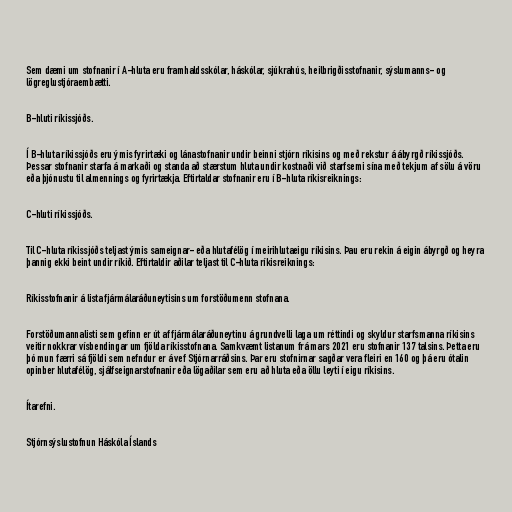
Sem dæmi um stofnanir í A-hluta eru framhaldsskólar, háskólar, sjúkrahús, heilbrigðisstofnanir, sýslumanns- og
lögreglustjóraembætti.

B-hluti ríkissjóðs.

Í B-hluta ríkissjóðs eru ýmis fyrirtæki og lánastofnanir undir beinni stjórn ríkisins og með rekstur á ábyrgð ríkissjóðs.
Þessar stofnanir starfa á markaði og standa að stærstum hluta undir kostnaði við starfsemi sína með tekjum af sölu á vöru
eða þjónustu til almennings og fyrirtækja. Eftirtaldar stofnanir eru í B-hluta ríkisreiknings:

C-hluti ríkissjóðs.

Til C-hluta ríkissjóðs teljast ýmis sameignar- eða hlutafélög í meirihlutaeigu ríkisins. Þau eru rekin á eigin ábyrgð og heyra
þannig ekki beint undir ríkið. Eftirtaldir aðilar teljast til C-hluta ríkisreiknings:

Ríkisstofnanir á lista fjármálaráðuneytisins um forstöðumenn stofnana.

Forstöðumannalisti sem gefinn er út af fjármálaráðuneytinu á grundvelli laga um réttindi og skyldur starfsmanna ríkisins
veitir nokkrar vísbendingar um fjölda ríkisstofnana. Samkvæmt listanum frá mars 2021 eru stofnanir 137 talsins. Þetta eru
þó mun færri sá fjöldi sem nefndur er á vef Stjórnarráðsins. Þar eru stofnirnar sagðar vera fleiri en 160 og þá eru ótalin
opinber hlutafélög, sjálfseignarstofnanir eða lögaðilar sem eru að hluta eða öllu leyti í eigu ríkisins.

Ítarefni.

Stjórnsýslustofnun Háskóla Íslands